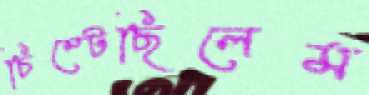
চিম্‌টেছিলেম